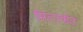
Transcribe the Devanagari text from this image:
मित्ज़्वोट